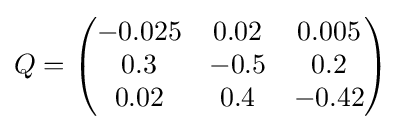
Q={\begin{pmatrix}-0.025&0.02&0.005\\0.3&-0.5&0.2\\0.02&0.4&-0.42\end{pmatrix}}